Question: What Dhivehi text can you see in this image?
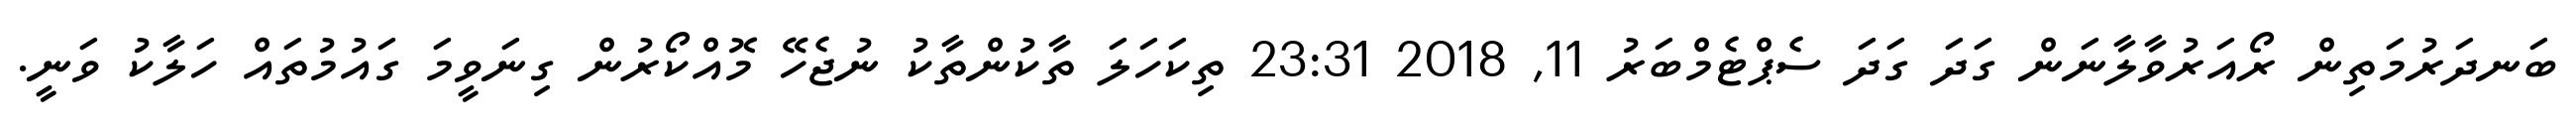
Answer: ބަނދަރުމަތިން ރޯއަރުވާލާނަން ގަދަ ގަދަ ސެޕްޓެމްބަރު 11, 2018 23:31 ތިކަހަލަ ތާކުންތާކު ނުޖެހޭ މޮއްކޯރުން ގިނަވީމަ ގައުމުތައް ހަލާކު ވަނީ.